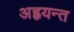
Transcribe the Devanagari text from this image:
अह्वयन्त